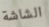
الشاشة